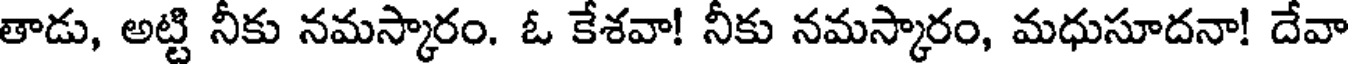
తాడు, అట్టి నీకు నమస్కారం. ఓ కేశవా! నీకు నమస్కారం, మధుసూదనా! దేవా